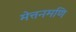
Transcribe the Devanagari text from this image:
मेत्तनमणि